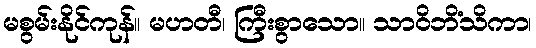
မစွမ်းနိုင်ကုန်။ မဟတီ၊ ကြီးစွာသော။ သာဝိဘိံသိကာ၊